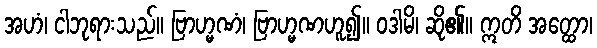
အဟံ၊ ငါဘုရားသည်။ ဗြာဟ္မဏံ၊ ဗြာဟ္မဏဟူ၍။ ဝဒါမိ၊ ဆို၏။ ဣတိ အတ္ထော၊